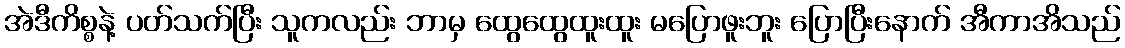
အဲဒီကိစ္စနဲ့ ပတ်သက်ပြီး သူကလည်း ဘာမှ ထွေထွေထူးထူး မပြောဖူးဘူး ပြောပြီးနောက် အီကာအိသည်